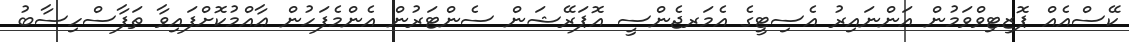
ކޭސްއެއް ޕޮޒިޓިވްވަމުން އަންނައިރު އެސިޓީގެ އެމަރޖެންސީ އޮޕަރޭޝަން ސެންޓަރުން އެންމެފަހުން ޢާއްމުކޮށްފައިވާ ތަފާސްހިސާބު